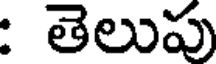
: తెలుపు